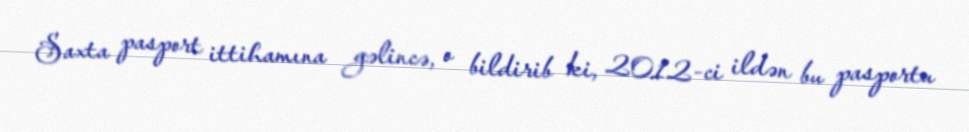
Saxta pasport ittihamına gəlincə, o bildirib ki, 2012-ci ildən bu pasportu